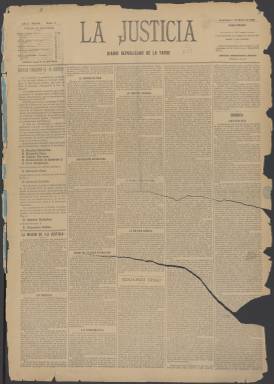
Título: La Justicia (Madrid. 1888)
Colección: Periódicos
Ámbito geográfico: Madrid
Lugar de publicación: Madrid
Fechas: 01/01/1888-30/06/1897

Este diario republicano nació un año después de El País, periódico cuyo mentor era Manuel Ruiz Zorrilla, exiliado en Francia. Este y Nicolás Salmerón habían intentado desde el comienzo de la Restauración borbónica la unión de las fuerzas republicanas bajo la bandera del centralismo, tras la nefasta experiencia del cantonalismo de la I República de 1873. Pero el propósito de unión fracasó tras el pronunciamiento militar republicano del brigadier Manuel Villacampa en 1886.

     Salmerón, que volvió del exilio en 1885 aprovechando la amnistía de Sagasta, no aceptaba el uso de la fuerza y acabó rompiendo con Ruiz Zorrilla. La Justicia lo llama “nuestro querido amigo” y no hay duda de que el inspirador del diario fue Salmerón, para quien El País había dejado de representarle.

    Con cuatro páginas y compuesto a cinco columnas de apretado texto, su contenido estaba en su mayor parte dedicado a la política: crónicas de las sesiones del Congreso, noticias y críticas de las decisiones gubernamentales, reseñas de las asambleas y reuniones republicanas, así como cartas de correligionarios de provincias. Bajo el epígrafe de Telegramas, daba información del extranjero y tampoco faltaba una sección de espectáculos con el título de Diversiones Públicas, así como otra de cotizaciones de la Bolsa.

    La prensa comercial ganaba terreno cada vez más a la prensa doctrinal y La Justicia no desdeñó sumarse a esta corriente con el fin de financiarse. Así, su última página estaba consagrada a los anuncios comerciales.

   Salmerón fue abogado de la defensa en el crimen de la calle de Fuencarral de Madrid, suceso ocurrido en el verano de 1888 y con el que se inicia la prensa sensacionalista en España. La Justicia siguió  asiduamente el juicio por este caso, cuyas sesiones comenzaron el  26 de marzo de 1889. Ese mismo día dedicó casi una página a informar del sumario del crimen y al día siguiente abrió su crónica de primera página con estas palabras que reflejan bien el ambiente del momento. “El crimen de la calle Fuencarral sigue teniendo el privilegio de embargar por completo la atención pública. Regias visitas, querellas de Martos, inminencia de la crisis, ministerio de notables, chanchullos electorales, hasta los propios municipales infundios, todo se eclipsa, todo palidece ante la emoción que despierta la inauguración de las sesiones del juicio oral relativo al misterioso asesinato de doña Luciana Borcino”.

    La Justicia, al igual que otros periódicos, ejerció la acción popular en el caso. Era la primera vez que esta novedad procesal tenía lugar en España. Los directores de los diarios se personaron al considerar que había muchas irregularidades en la investigación y para llegar al fondo del asunto, dadas las derivaciones políticas del mismo.

   En el periódico también hubo cabida para grandes acontecimientos como la Exposición Universal de París. En su número de 6 de mayo de 1889 incluyó en portada un dibujo del recinto de la muestra con la Torre Eiffel, la gran novedad de la exposición llamada a convertirse en símbolo de la capital francesa.

   El 30 de junio de 1897, La Justicia editó su último número y se despidió de sus lectores una vez realizada la fusión republicana anunciando que al día siguiente sus redactores junto con los de otros medios publicarían un nuevo diario: La Vanguardia.

[Descripción publicada el 26/7/2018]